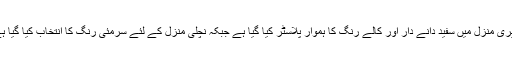
اوپری منزل میں سفید دانے دار اور کالے رنگ کا ہموار پلاسٹر کیا گیا ہے جبکہ نچلی منزل کے لئے سرمئی رنگ کا انتخاب کیا گیا ہے۔